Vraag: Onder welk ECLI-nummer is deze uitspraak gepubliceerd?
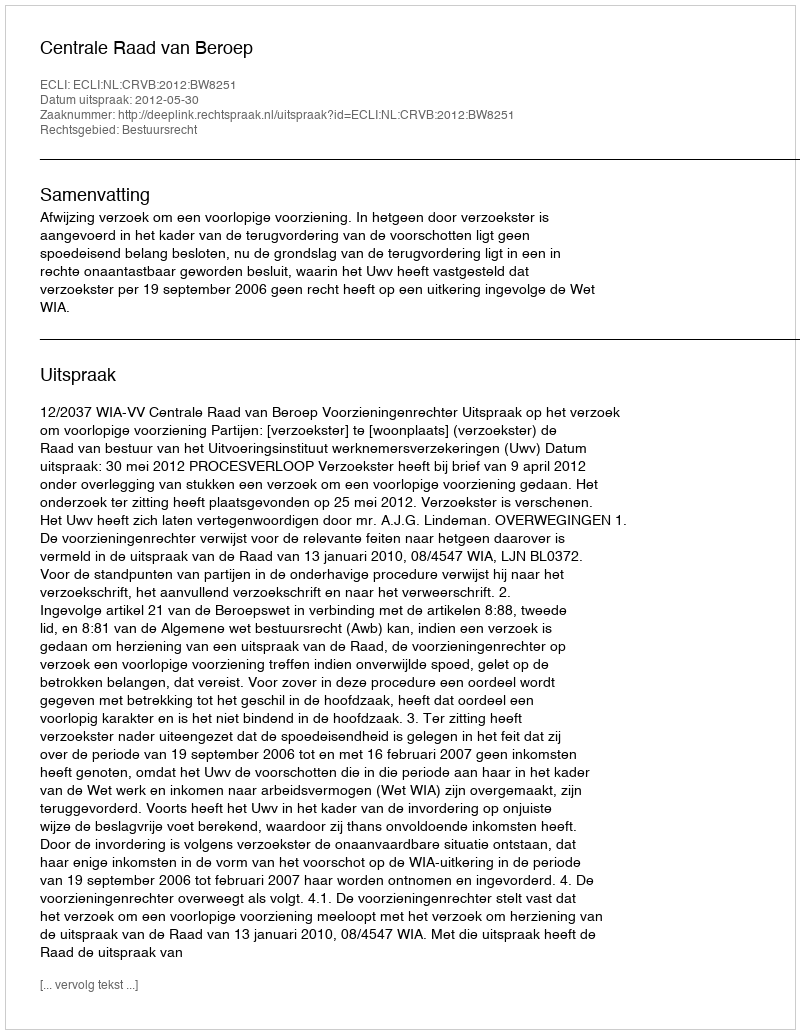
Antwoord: ECLI:NL:CRVB:2012:BW8251